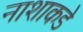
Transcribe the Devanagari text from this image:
नाशाकडे